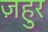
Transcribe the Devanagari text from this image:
ज़हुर